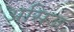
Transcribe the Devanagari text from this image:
असिज